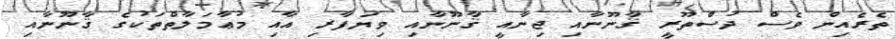
ތެރެއިން ވެސް ދުސްތޫރީ ޤާނޫނާއި ޖިނާއީ ޤާނޫނާއި ވިޔަފާރި އާއި މުޢާމަލާތްތަކުގެ ޤާނޫނާއި